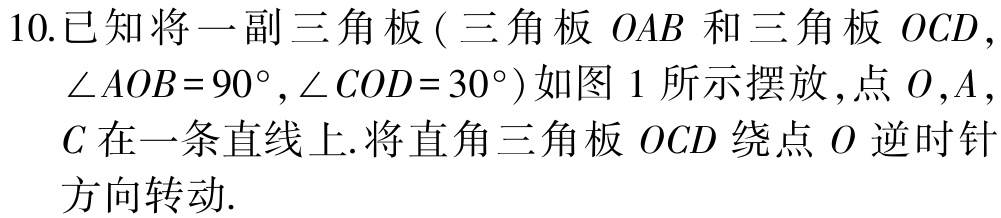
10.已知将一副三角板 ( 三角板 \(OAB\) 和三角板 \(OCD\)，\(\angle AOB = 90^{\circ},\angle COD = 30^{\circ}\)) 如图 1 所示摆放 , 点 \(O,A\)，\(C\) 在一条直线上. 将直角三角板 \(OCD\) 绕点 \(O\) 逆时针方向转动.